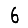
Digit: 6